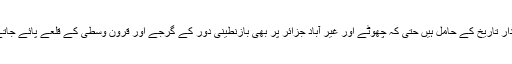
یہ شاندار تاریخ کے حامل ہیں حتیٰ کہ چھوٹے اور غیر آباد جزائر پر بھی بازنطینی دور کے گرجے اور قرون وسطیٰ کے قلعے پائے جاتے ہیں۔